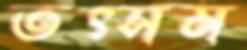
তৎসম